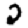
Digit: 2